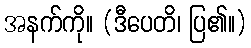
အနက်ကို။ (ဒီပေတိ၊ ပြ၏။)